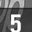
Digit: 5